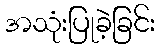
အသုံးပြုခဲ့ခြင်း